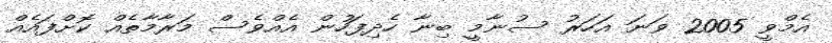
އެމްވީ 2005 ވަނަ އަހަރު ސުނާމީ ބިނާ ހެދިފަހުން އެއްވެސް މަރާމާތެއް ކޮށްފައެއް